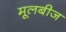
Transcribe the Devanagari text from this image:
मूलबीज